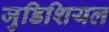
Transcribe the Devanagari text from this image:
जुडिशियल